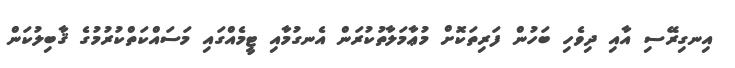
އިނގިރޭސި އާއި ދިވެހި ބަހުން ފަރިތަކޮށް މުޢާމަލާތުކުރަން އެނގުމާއި ޓީމެއްގައި މަސައްކަތްކުރުމުގެ ޤާބިލުކަން